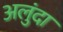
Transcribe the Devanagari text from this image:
अलुंदा